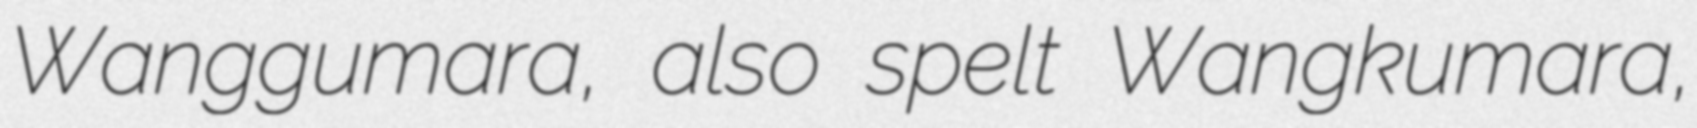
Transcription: Wanggumara, also spelt Wangkumara,